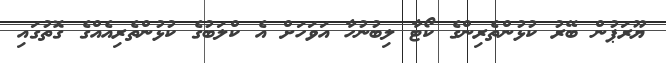
ޔޫރަޕުން ބޭރު ކުޅުންތެރިންގެ ކޯޓާ ލިބުނުހާ އަވަހަށް އެ ކްލަބުގެ ކުޅުންތެރިއެއްގެ ގޮތުގައި